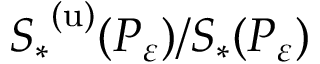
{ S _ { * } } ^ { ( \mathrm { u } ) } ( P _ { \varepsilon } ) / S _ { * } ( P _ { \varepsilon } )